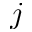
j